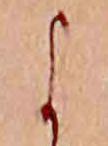
よ